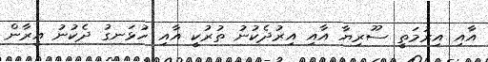
އާއި އިރުމަތީ ސޫރިޔާ އާއި އިރުދެކުނު ތުރުކީ އާއި ހުޅަނގު ދެކުނު އީރާން